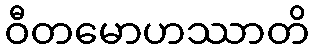
ဝီတမောဟဿာတိ